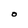
Character: O